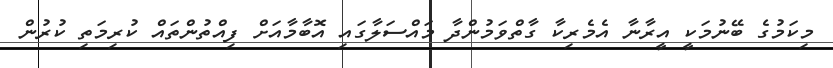
މިކަމުގެ ބޭނުމަކީ އީރާނާ އެމެރިކާ ގާތްވަމުންދާ މައްސަލާގައި އޮބާމާއަށް ފިއްތުންތައް ކުރިމަތި ކުރުން